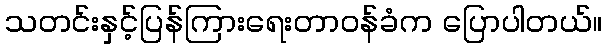
သတင်းနှင့်ပြန်ကြားရေးတာဝန်ခံက ပြောပါတယ်။